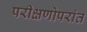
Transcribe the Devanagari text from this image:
परीक्षणोपरांत